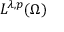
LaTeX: L ^ { \lambda , p } ( \Omega )